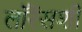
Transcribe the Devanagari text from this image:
लॉरेंसशी